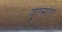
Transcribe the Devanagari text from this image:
यूएसएए